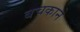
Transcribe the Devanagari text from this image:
बचकाने